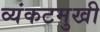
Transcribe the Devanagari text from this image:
व्यंकटमुखी